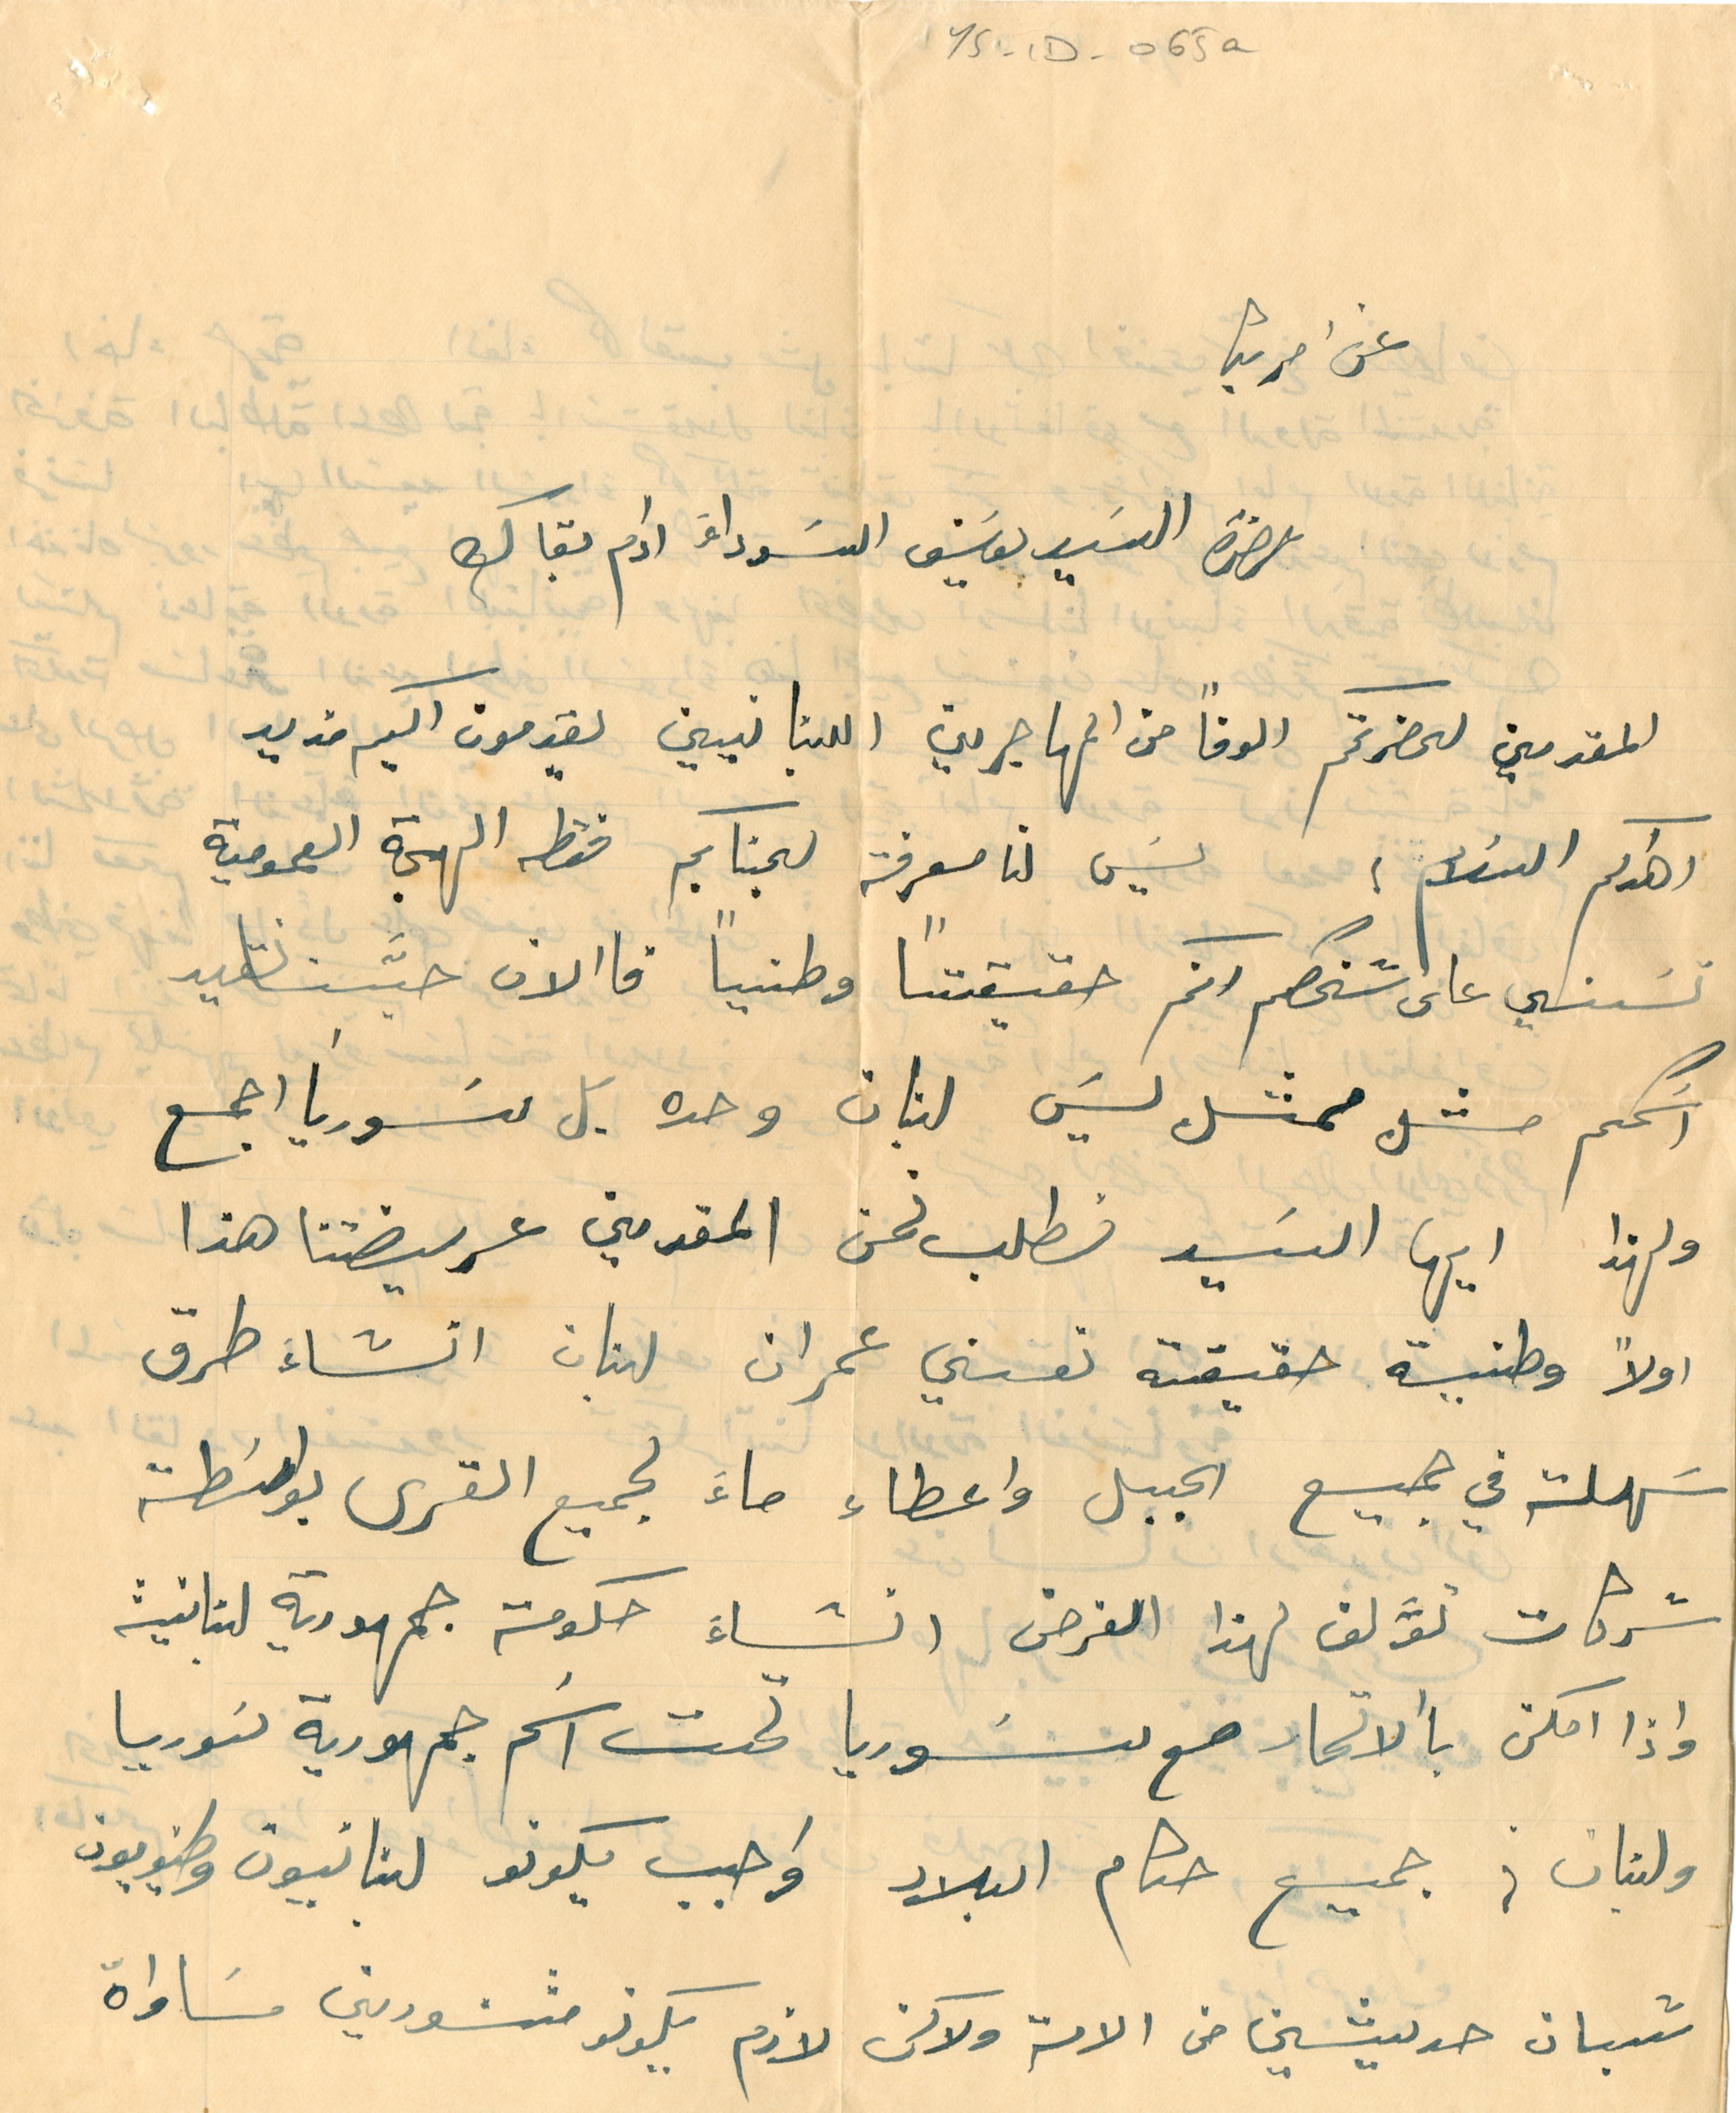
YS-1D - 065a
عن امريكا
حضرة السَيد يوسَف السَوداءَ ادام بقاك
المقدمين لحضرتكم الوفاً من المهاجرين اللبنانيين يقدمون اليكم مزيد
اهداكم السَلام؛ ليس لنا معرفة لجنابكم فقط الهمجة العمومية
تسَني على شخصكم انكم حقيقتًا وطنياً فاالان حيَّنا نقيد
اسَمكم مثل ممثل ليسَ لبنان وحده بل سَوريا اجمع
ولهذا ايها السَيد نطلب نحن المقدمين عريضتنا هذا
اولاً وطنية حقيقة نعني عمران لبنان انشاء طرق

سَهلت في جميع الجبل واعطاء ماءَ لجميع القرى بواسَطة
شركات توَّلف لهذا الغرض انشاءَ حكومة جمهورية لبنانية
واذا امكن بالاتحاد مع سَوريا تحت اسَم جمهورية سَوريا
ولبنان؛ جميع حكام البلاد واجب يكونو لبنانيون وطنويون
شبان حديثين من الامة ولاكن لازم يكونو  مثنورين مسَاواة